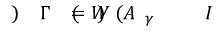
I \! \! \! \! \! \! \! \! \! \! \! \! _ { \! \! \! \! \! \! \! \! \! \! \! \! \gamma } \! \! \! \! \! \! \! \! \! \! \! \! ( A \! \! \! \! \! \! \! \! \! \! \! \! ) \! \! \! \! \! \! \! \! \! \! \! \! = W \! \! \! \! \! \! \! \! \! \! \! \! ( \! \! \! \! \! \! \! \! \! \! \! \! \Gamma \! \! \! \! \! \! \! \! \! \! \! \! ) \! \! \! \! \! \! \! \! \! \! \!